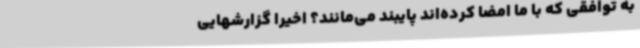
به توافقی که با ما امضا کرده‌اند پایبند می‌مانند؟ اخیرا گزارشهایی